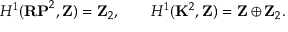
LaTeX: H ^ { 1 } ( { \bf R P } ^ { 2 } , { \bf Z } ) = { \bf Z } _ { 2 } , \qquad H ^ { 1 } ( { \bf K } ^ { 2 } , { \bf Z } ) = { \bf Z } \oplus { \bf Z } _ { 2 } .